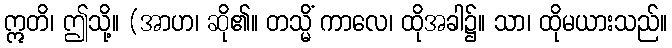
ဣတိ၊ ဤသို့။ (အာဟ၊ ဆို၏။ တသ္မိံ ကာလေ၊ ထိုအခါ၌။ သာ၊ ထိုမယားသည်။